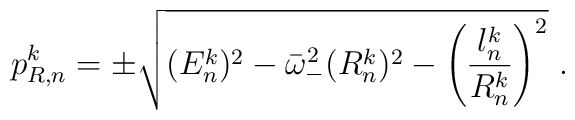
p_{R,n}^{k} = \pm \sqrt{(E_{n}^{k})^{2} - \bar{\omega}_{-}^{2}(R_{n}^{k})^{2} - \left(\frac{l_{n}^{k}}{R_{n}^{k}}\right)^{2}}\ .